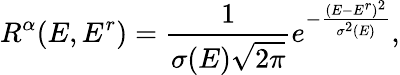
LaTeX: R^{\alpha}(E,E^{r})=\frac{1}{\sigma(E)\sqrt{2\pi}}e^{-\frac{(E-E^{r})^{2}}{\sigma^{2}(E)}},